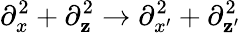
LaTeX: \partial_{x}^{2}+\partial_{\mathbf{z}}^{2}\rightarrow\partial_{x^{\prime}}^{2}+\partial_{\mathbf{z}^{\prime}}^{2}